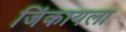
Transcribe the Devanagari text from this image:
जिंकायला